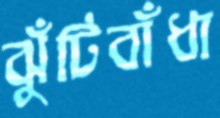
ঝুঁটিবাঁধা